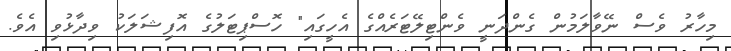
މިހާރު ވެސް ނޭވާލަމުން ގެންދަނީ ވެންޓިލޭޓަރެއްގެ އެހީގައި" ހޮސްޕިޓަލުގެ އޮފިޝަލަކު ވިދާޅުވި އެވެ.